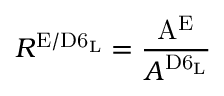
R ^ { \mathrm { E / D 6 _ { L } } } = \frac { \mathrm { A ^ { E } } } { A ^ { \mathrm { D 6 _ { L } } } }